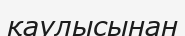
қаулысынан